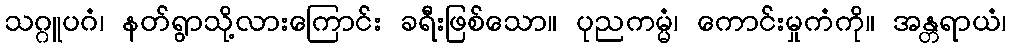
သဂ္ဂူပဂံ၊ နတ်ရွာသို့လားကြောင်း ခရီးဖြစ်သော။ ပုညကမ္မံ၊ ကောင်းမှုကံကို။ အန္တရာယံ၊